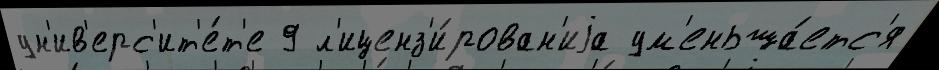
ун'ив'ерс'ит'е́т'е 9 л'иценз'и́рован'иjа ум'еньша́етс'я